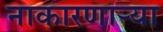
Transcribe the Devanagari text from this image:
नाकारणाऱ्या